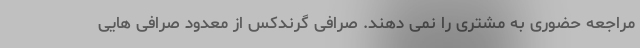
مراجعه حضوری به مشتری را نمی دهند. صرافی گرندکس از معدود صرافی هایی